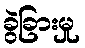
ခွဲခြားမှု